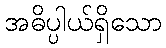
အဓိပ္ပါယ်ရှိသော